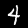
Label: 4